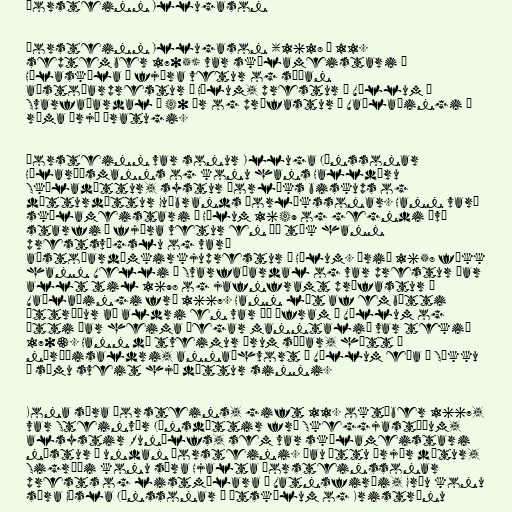
Þorsteinn Illugason

Þorsteinn Illugason (1618 – 11.
september 1705) var skólameistari í
Hólaskóla í fjóra vetur og síðan
aðstoðarprestur á Hólum, prestur á Völlum í
Svarfaðardal í 40 ár og prófastur í Vaðlaþingi í
rúma þrjá áratugi.

Þorsteinn var sonur Illuga Jónssonar
Hólaráðsmanns og konu hans Halldóru
Skúladóttur, systur Þorláks biskups og
dótturdóttur Guðbrands Þorlákssonar. Hann varð
skólameistari á Hólum 1649 og gegndi því
starfi í fjóra vetur en þá tók hann
prestsvígslu og varð
aðstoðardómkirkjuprestur á Hólum. Árið 1658 fékk
hann Velli í Svarfaðardal og var prestur þar
allt til 1698 og jafnframt prófastur í
Vaðlaþingi frá 1667. Hann lét af embætti
áttræður að aldri en var þó áfram á Völlum og
átti þar heima þegar manntalið var tekið
1703. Hann dó tveimur árum síðar, hátt á
níræðisaldri, annaðhvort á Völlum eða á Sökku
í sömu sveit hjá dóttur sinni.

Kona séra Þorsteins, gift 11. október 1667,
var Steinvör Jónsdóttir frá Skeggjastöðum,
alsystir Runólfs, sem var skólameistari
næstur á undan Þorsteini. Þau áttu þrjár dætur,
Sigríði konu séra Hjalta Þorsteinssonar
prests og listmálara í Vatnsfirði, Gróu konu
séra Gísla Jónssonar á Útskálum og Kristrúnu